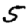
Digit: 5